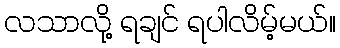
လသာလို့ ရချင် ရပါလိမ့်မယ်။